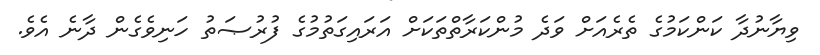
ވިޔާނުދާ ކަންކަމުގެ ތެރެއަށް ވަދެ މުންކަރާތްތަކަށް އަރައިގަތުމުގެ ފުރުޞަތު ހަނިވެގެން ދާނެ އެވެ.